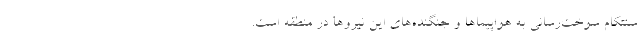
سنتکام سوخت‌رسانی به هواپیماها و جنگنده‌های این نیروها در منطقه است.